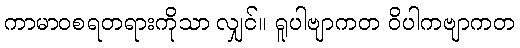
ကာမာဝစရတရားကိုသာ လျှင်။ ရူပါဗျာကတ ဝိပါကဗျာကတ